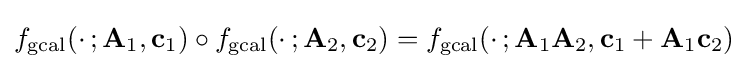
f_{\text{gcal}}(\cdot \,;\mathbf {A} _{1},\mathbf {c} _{1})\circ f_{\text{gcal}}(\cdot \,;\mathbf {A} _{2},\mathbf {c} _{2})=f_{\text{gcal}}(\cdot \,;\mathbf {A} _{1}\mathbf {A} _{2},\mathbf {c} _{1}+\mathbf {A} _{1}\mathbf {c} _{2})